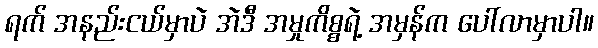
ရက် အနည်းငယ်မှာပဲ အဲဒီ အမှုကိစ္စရဲ့ အမှန်က ပေါ်လာမှာပါ။